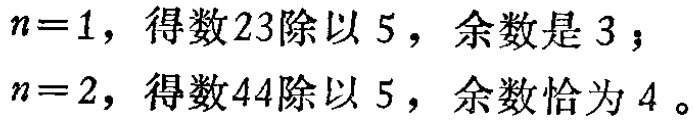
$n = 1，得数23除以5，余数是3；$

$n = 2，得数44除以5，余数恰为4。$